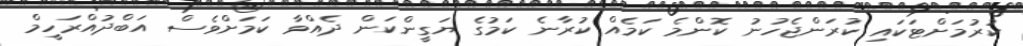
ކުރުމަށްޓަކައި ކުރަންޖެހުނު ކޮންމެ ކަމެއް ކުރާނެ ކަމުގެ ޔަގީންކަން ދެއްވާ ކަމަށްވެސް އަބްދުއްރަހީމް